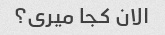
الان کجا میری؟